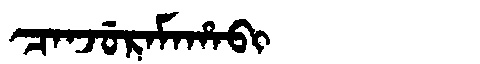
Manchu: ᠴᠠᠨᠵᡠᡵᠠᠮᠠᡥᠠᠪᡳ
Romanization: CANJURAMAHABI